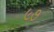
૯૭